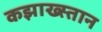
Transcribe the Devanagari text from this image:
कझाख्स्तान